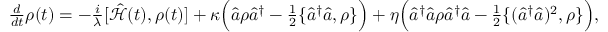
\begin{array} { r } { \frac { d } { d t } \rho ( t ) = - \frac { i } { \lambda } [ \hat { \mathcal { H } } ( t ) , \rho ( t ) ] + \kappa \Big ( \hat { a } \rho \hat { a } ^ { \dagger } - \frac { 1 } { 2 } \{ \hat { a } ^ { \dagger } \hat { a } , \rho \} \Big ) + \eta \Big ( \hat { a } ^ { \dagger } \hat { a } \rho \hat { a } ^ { \dagger } \hat { a } - \frac { 1 } { 2 } \{ ( \hat { a } ^ { \dagger } \hat { a } ) ^ { 2 } , \rho \} \Big ) , } \end{array}